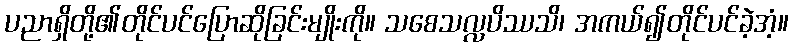
ပညာရှိတို့၏တိုင်ပင်ပြောဆိုခြင်းမျိုးကို။ သစေသလ္လပိဿသိ၊ အကယ်၍တိုင်ပင်ခဲ့အံ့။